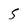
Character: 5